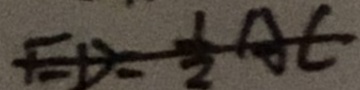
E D = \frac { 1 } { 2 } A C